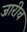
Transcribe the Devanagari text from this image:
जारीच